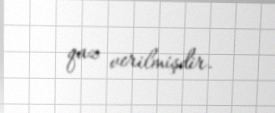
qaz verilmişdir.